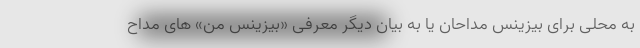
به محلی برای بیزینس مداحان یا به بیان دیگر معرفی «بیزینس من» های مداح